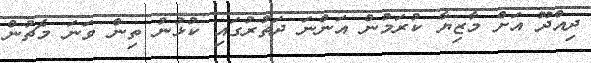
ދިއްދޫ އަށް މާޒިޔާ ކުރަމުން އަންނަ ދަތުރުގައި ކުޅުނު ތިން ވަނަ މެޗުން